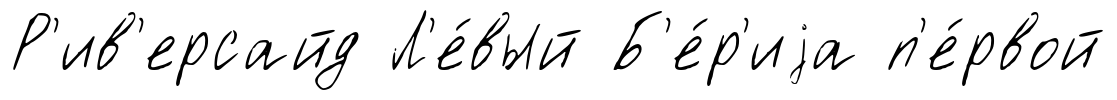
Р'ив'ерсайд Л'е́вый Б'е́р'иjа п'е́рвой